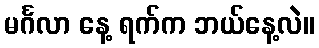
မင်္ဂလာ နေ့ ရက်က ဘယ်နေ့လဲ။